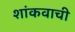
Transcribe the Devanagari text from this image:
शांकवाची